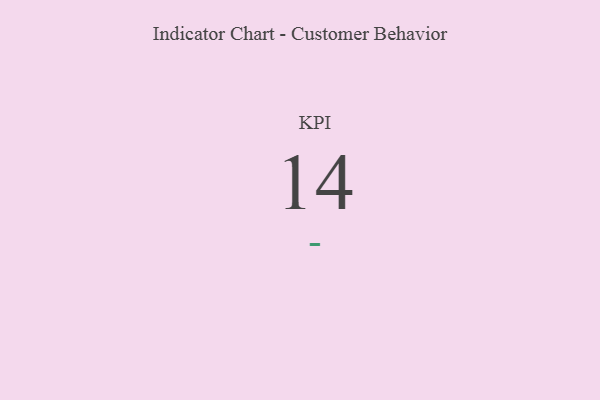
{"axis": {"x": "KPI", "y": "Value"}, "legend": [""], "data": [{"x": "KPI", "y": 14, "type": ""}]}